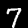
Label: 7